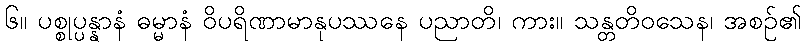
၆။ ပစ္စုပ္ပန္နာနံ ဓမ္မာနံ ဝိပရိဏာမာနုပဿနေ ပညာတိ၊ ကား။ သန္တတိဝသေန၊ အစဉ်၏